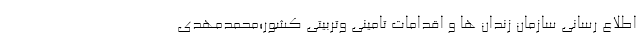
اطلاع رسانی سازمان زندان ها و اقدامات تامینی وتربیتی کشور؛محمدمهدی